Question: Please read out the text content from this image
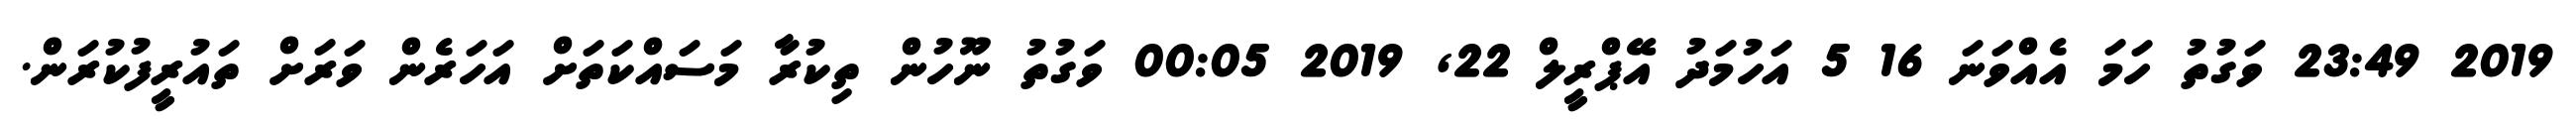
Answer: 2019 23:49 ވަގުތު ހަމަ އެއްވަނަ 16 5 އަހުމަދު އޭޕްރީލް 22, 2019 00:05 ވަގުތު ނޫހުން ތިކުރާ މަސައްކަތަށް އަހަރެން ވަރަށް ތައުރީފުކުރަން.